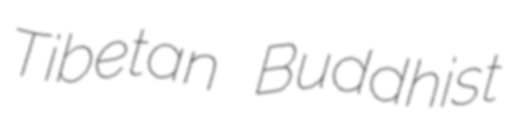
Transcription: Tibetan Buddhist